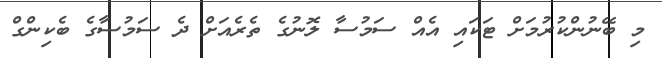
މި ބޭނުންކުރުމަށް ޓަކައި އެއް ސަމުސާ ލޮނުގެ ތެރެއަށް ދެ ސަމުސާގެ ބެކިންގް